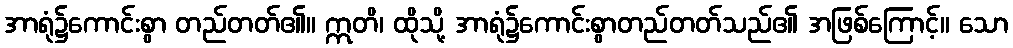
အာရုံ၌ကောင်းစွာ တည်တတ်၏။ ဣတိ၊ ထိုသို့ အာရုံ၌ကောင်းစွာတည်တတ်သည်၏ အဖြစ်ကြောင့်။ သော